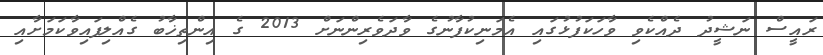
ރައީސް ނަޝީދު ދެއްކެވި ވާހަކަފުޅުގައި އެމަނިކުފާނުގެ ވާދަވެރިންނަށް 2013 ގެ އިންތިޚާބު ގެއްލިފައިވާކަމަށާއި